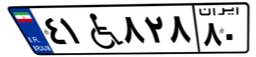
۴۱W۸۲۸۸۰